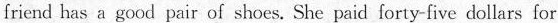
friend has a goci pair cf shoes, She paid forty-five dollars for